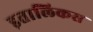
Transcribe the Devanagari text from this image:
इतालिकस